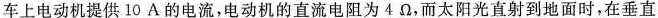
车上电动机提供10A的电流，电动机的直流电阻为4Ω，而太阳光直射到地面时，在垂直